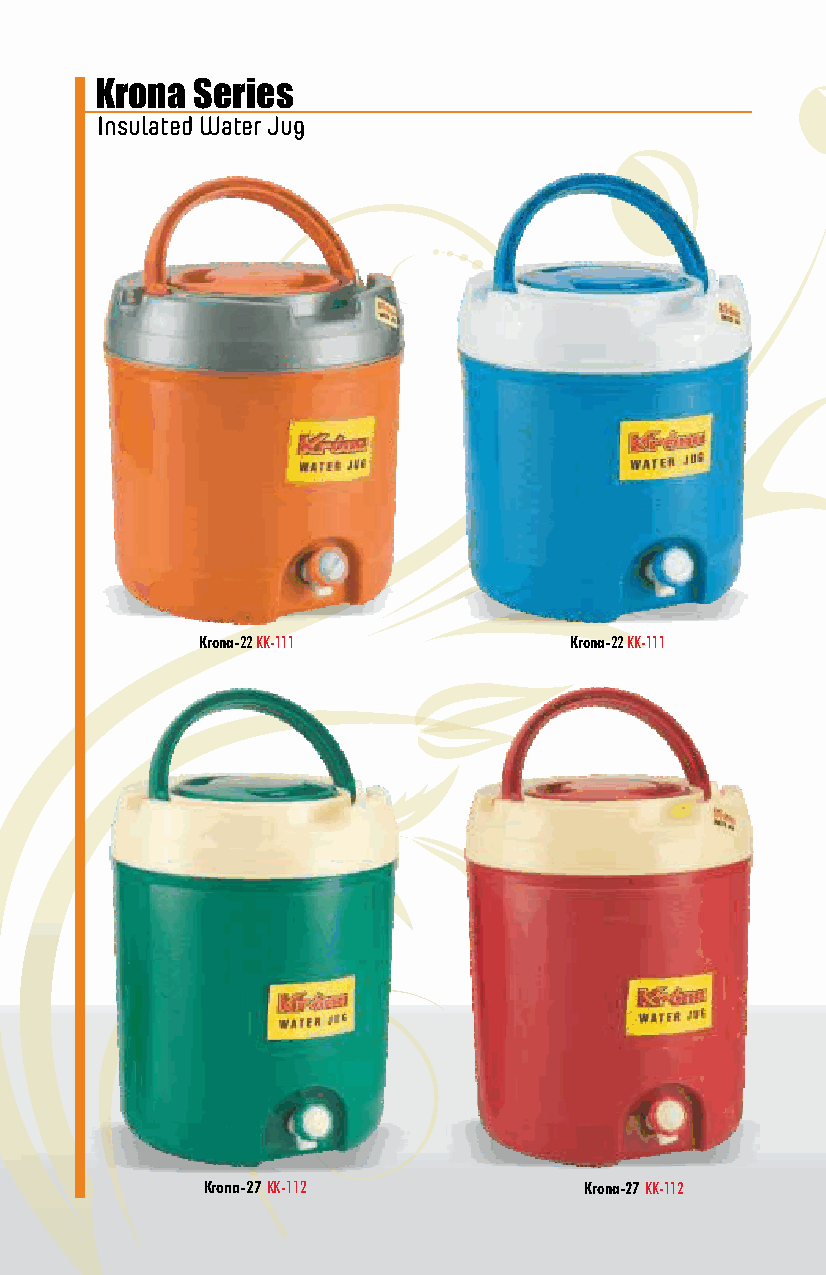
Krona  Series
 Insulated Water Jug
 Krona-22 KK-111          Krona-22 KK-111
 Krona-27 KK-112           Krona-27 KK-112